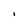
Character: i